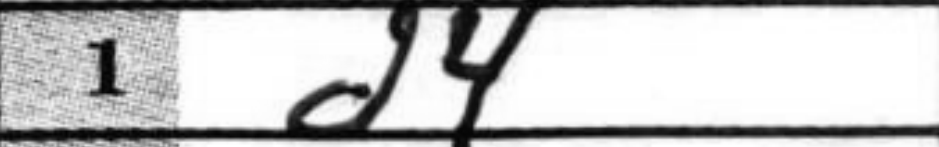
Transcription: d4